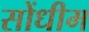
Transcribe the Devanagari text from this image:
सोंधीम